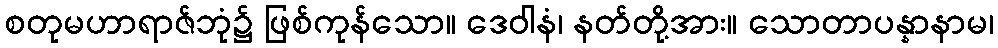
စတုမဟာရာဇ်ဘုံ၌ ဖြစ်ကုန်သော။ ဒေဝါနံ၊ နတ်တို့အား။ သောတာပန္နာနာမ၊